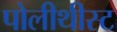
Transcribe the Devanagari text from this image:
पोलीथीस्ट